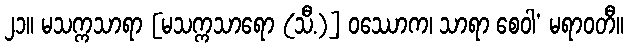
၂၁။ မသက္ကသာရာ [မသက္ကသာရော (သီ.)] ဝဿောက၊ သာရာ စေဝါ’ မရာဝတီ။